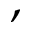
,